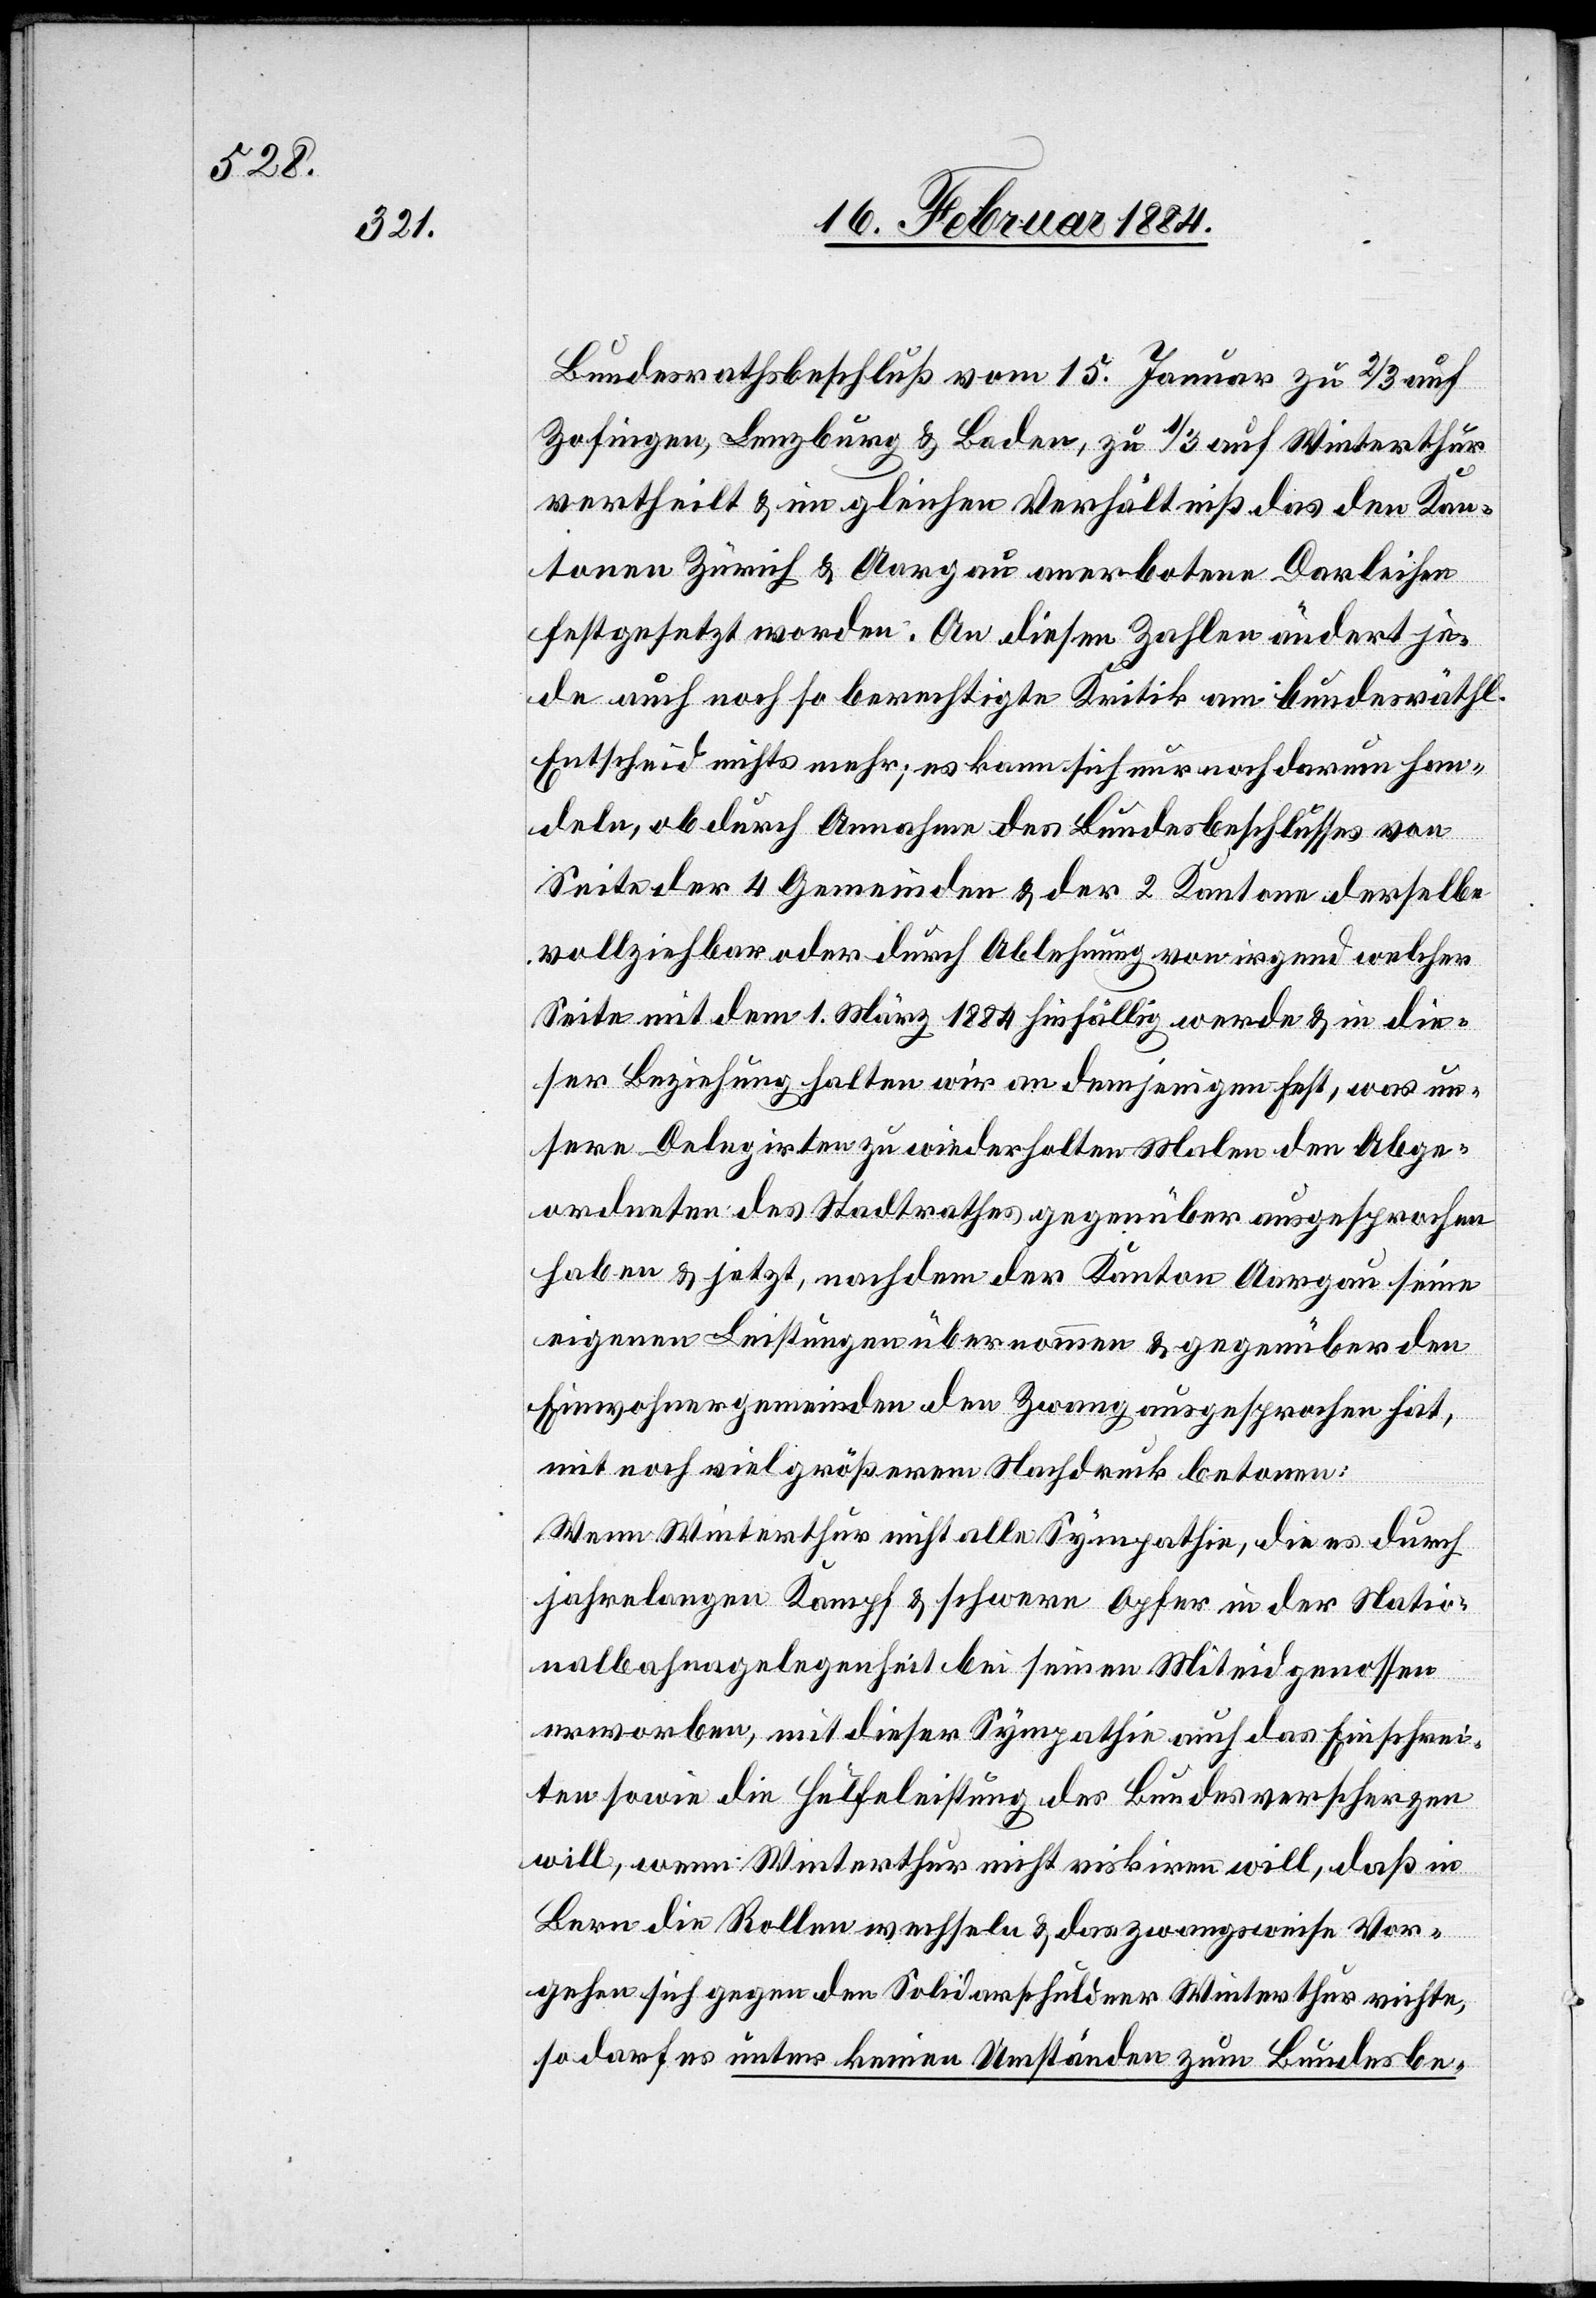
Bundesrathsbeschluß vom 15. Januar zu 2/3 auf
Zofingen, Lenzburg & Baden, zu 1/3 auf Winterthur
vertheilt & im gleichen Verhältniß das den Kan¬
tonen Zürich & Aargau anerbotenen Darleihen
festgesetzt worden. An diesen Zahlen ändert je¬
de auch noch so berechtigte Kritik am bundesräthl.
Entscheid nichts mehr; es kann sich nur noch darum han¬
deln, ob durch Annahme des Bundesbeschlusses von
Seite der 4 Gemeinden & der 2 Kantone derselbe
vollziehbar oder durch Ablehnung von irgend welcher
Seite mit dem 1. März 1884 hinfällig werde & in die¬
ser Beziehung halten wir an demjenigen fest, was un¬
sere Delegirten zu wiederholtem Male den Abge¬
ordneten des Stadtrathes gegenüber ausgesprochen
haben & jetzt, nachdem der Kanton Aargau seine
eigenen Leistungen übernommen & gegenüber den
Einwohnergemeinden den Zwang ausgesprochen hat,
mit noch viel größerem Nachdruck betonen:
„Wenn Winterthur nicht alle Sympathie, die es durch
jahrelangen Kampf & schwere Opfer in der Natio¬
nalbahnangelegenheit bei seinen Miteidgenossen
erworben, mit dieser Sympathie auch das Einschrei¬
ten sowie die Hülfeleistung des Bundes verscherzen
will, wenn Winterthur nicht riskiren will, daß in
Bern die Rollen wechseln & das zwangsweise Vor¬
gehen sich gegen den Solidarschuldner Winterthur richte,
so darf es unter keinen Umständen zum Bundesbe-